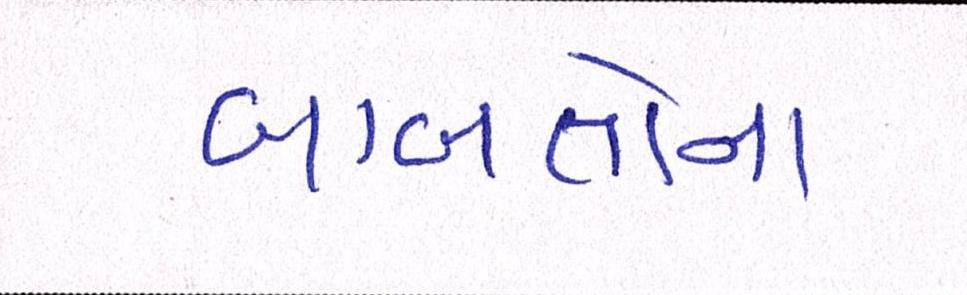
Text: બાબતોના